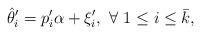
LaTeX: \begin{align*}\hat{\theta}_{i}^{\prime}=p_{i}^{\prime}\alpha+\xi_{i}^{\prime},\ \forall\ 1\leq i\leq \bar{k},\end{align*}